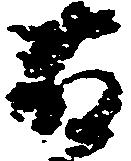
藤